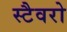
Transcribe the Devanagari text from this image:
स्टैवरो